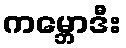
ကမ္ဘောဒီး